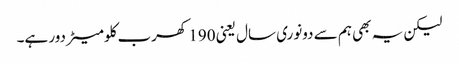
لیکن یہ بھی ہم سے دونوری سال یعنی 190 کھرب کلومیٹر دور ہے۔